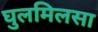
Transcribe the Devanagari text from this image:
घुलमिलसा